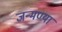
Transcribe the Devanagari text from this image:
जन्मण्या